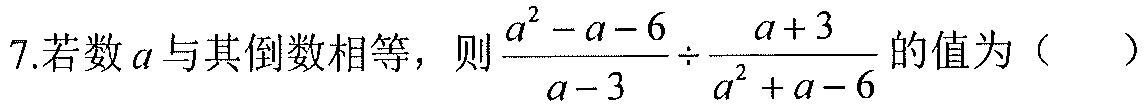
7.若数\(a\)与其倒数相等，则\(\frac{a^{2}-a - 6}{a - 3}\div\frac{a + 3}{a^{2}+a - 6}\)的值为（  ）